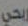
ربحي